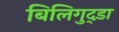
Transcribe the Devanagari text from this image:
बिलिगुद्डा